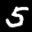
Label: 5